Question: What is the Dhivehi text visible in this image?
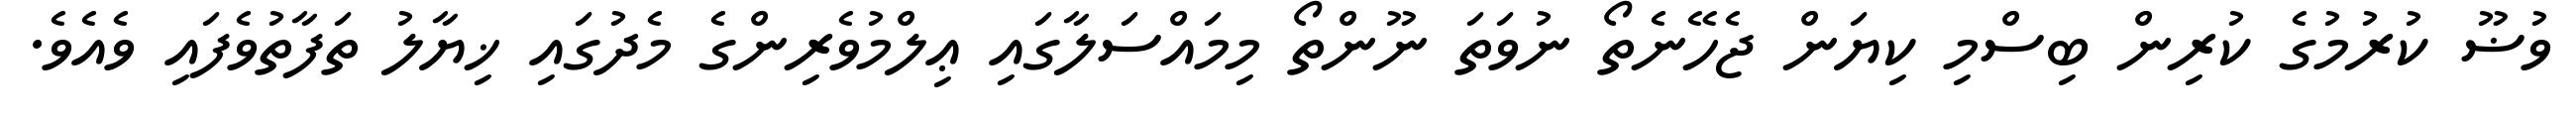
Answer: ވުޟޫ ކުރުމުގެ ކުރިން ބިސްމި ކިޔަން ޖެހޭނެތޯ ނުވަތަ ނޫންތޯ މިމައްސަލާގައި ޢިލްމުވެރިންގެ މެދުގައި ޚިޔާލު ތަފާތުވެފައި ވެއެވެ.